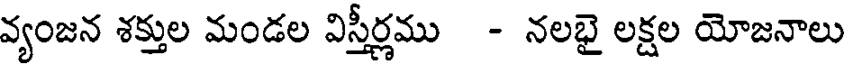
వ్యంజన శక్తుల మండల విస్తీర్ణము - నలభై లక్షల యోజనాలు